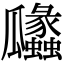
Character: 㼖